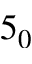
5 _ { 0 }